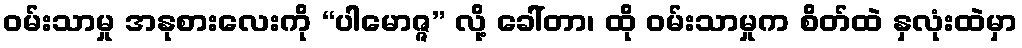
ဝမ်းသာမှု အနုစားလေးကို “ပါမောဇ္ဇ” လို့ ခေါ်တာ၊ ထို ဝမ်းသာမှုက စိတ်ထဲ နှလုံးထဲမှာ